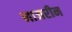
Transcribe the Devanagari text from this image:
नाजरीन